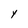
Character: Y